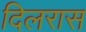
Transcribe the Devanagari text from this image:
दिलरास